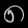
Digit: ၈